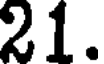
21.